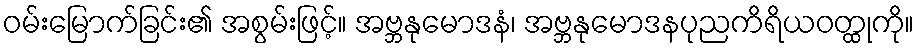
ဝမ်းမြောက်ခြင်း၏ အစွမ်းဖြင့်။ အဗ္ဘနုမောဒနံ၊ အဗ္ဘနုမောဒနပုညကိရိယဝတ္ထုကို။